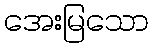
အေးမြသော